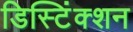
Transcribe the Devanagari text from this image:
डिस्टिंंक्शन